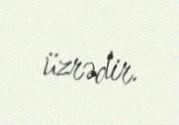
üzrədir.